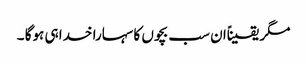
مگر یقیناًان سب بچوں کا سہارا خدا ہی ہوگا ۔